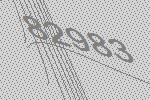
82983